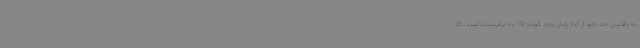
به بالاترین حد خود از آغاز زمان ورود کووید 19 به ایرانرسیده است، کار